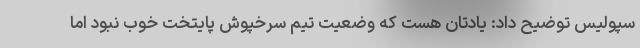
سپولیس توضیح داد: یادتان هست که وضعیت تیم سرخپوش پایتخت خوب نبود اما